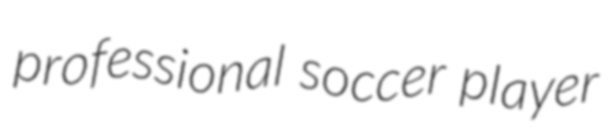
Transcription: professional soccer player